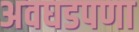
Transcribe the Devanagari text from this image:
अवघडपणा